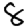
Digit: 8